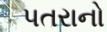
પતરાનો